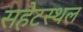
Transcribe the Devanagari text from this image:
सहेटस्थल